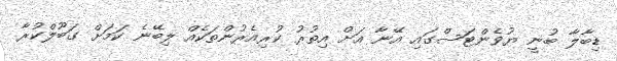
ޑިބާލާ ބުނީ ޔުވެންޓަސްގައި އޭނާ އަށް އިތުރު ކުރިއެރުންތަކެއް ލިބޭނެ ކަމަށް ގަބޫލްކުރާ